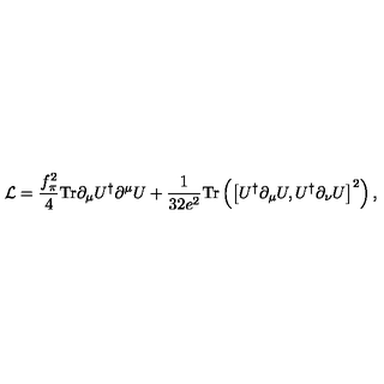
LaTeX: { \cal L } = \frac { f _ { \pi } ^ { 2 } } { 4 } \mathrm { T r } \partial _ { \mu } U ^ { \dagger } \partial ^ { \mu } U + \frac { 1 } { 3 2 e ^ { 2 } } \mathrm { T r } \left( \left[ U ^ { \dagger } \partial _ { \mu } U , U ^ { \dagger } \partial _ { \nu } U \right] ^ { 2 } \right) ,